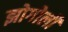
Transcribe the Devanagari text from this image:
झोगोली